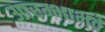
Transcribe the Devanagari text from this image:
आरम्भाभवे